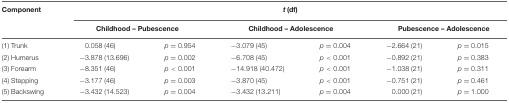
<table><thead><tr><td><b>Component</b></td><td colspan="6"><b><i>t</i> (df)</b></td></tr><tr><td></td><td colspan="2"><b>Childhood – Pubescence</b></td><td colspan="2"><b>Childhood – Adolescence</b></td><td colspan="2"><b>Pubescence – Adolescence</b></td></tr></thead><tbody><tr><td>(1) Trunk</td><td>0.058 (46)</td><td><i>p</i> = 0.954</td><td>-3.079 (45)</td><td><i>p</i> = 0.004</td><td>-2.664 (21)</td><td><i>p</i> = 0.015</td></tr><tr><td>(2) Humerus</td><td>-3.878 (13.696)</td><td><i>p</i> = 0.002</td><td>-6.708 (45)</td><td><i>p</i> &lt; 0.001</td><td>-0.892 (21)</td><td><i>p</i> = 0.383</td></tr><tr><td>(3) Forearm</td><td>-8.351 (46)</td><td><i>p</i> &lt; 0.001</td><td>-14.918 (40.472)</td><td><i>p</i> &lt; 0.001</td><td>-1.038 (21)</td><td><i>p</i> = 0.311</td></tr><tr><td>(4) Stepping</td><td>-3.177 (46)</td><td><i>p</i> = 0.003</td><td>-3.870 (45)</td><td><i>p</i> &lt; 0.001</td><td>-0.751 (21)</td><td><i>p</i> = 0.461</td></tr><tr><td>(5) Backswing</td><td>-3.432 (14.523)</td><td><i>p</i> = 0.004</td><td>-3.432 (13.211)</td><td><i>p</i> = 0.004</td><td>0.000 (21)</td><td><i>p</i> = 1.000</td></tr></tbody></table>